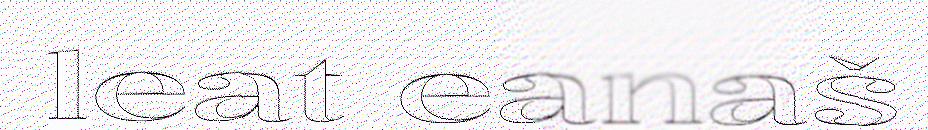
leat eanaš